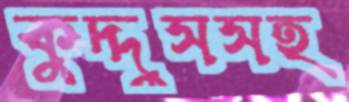
কুদ্দুসসহ